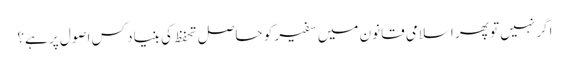
اگر نہیں تو پھر اسلامی قانون میں سفیر کو حاصل تحفظ کی بنیاد کس اصول پر ہے؟